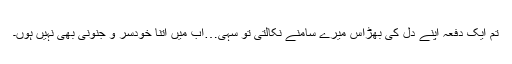
تم ایک دفعہ اپنے دل کی بھڑاس میرے سامنے نکالتی تو سہی…اب میں اتنا خودسر و جنونی بھی نہیں ہوں۔